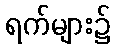
ရက်များ၌